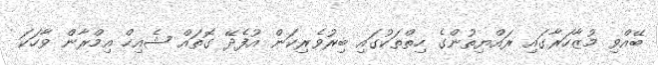
ބޭއްވި މުޒާހަރާގައި ރައްޔިތުންގެ ހިތްތަކުގައި ބިރުވެރިކަން އުފެދޭ ގޮތައް ޝެއިހް އިމްރާން ވާހަކަ